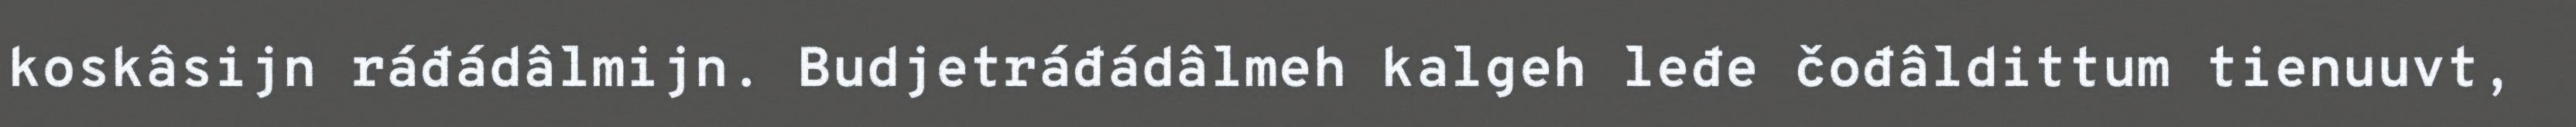
koskâsijn ráđádâlmijn. Budjetráđádâlmeh kalgeh leđe čođâldittum tienuuvt,